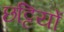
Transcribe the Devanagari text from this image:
छट्टियों